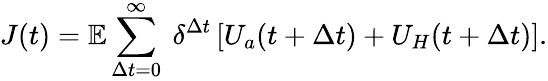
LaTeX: J(t)=\mathbb{E}\sum_{\Delta t=0}^{\infty}\ \delta^{\Delta t}\left[U_{a}(t+\Delta t)+U_{H}(t+\Delta t)\right].